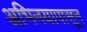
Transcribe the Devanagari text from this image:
अभिनयापासून